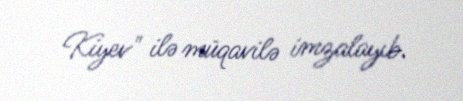
Kiyev" ilə müqavilə imzalayıb.